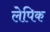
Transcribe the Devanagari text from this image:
लेपिक